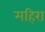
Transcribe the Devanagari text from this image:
महिरा